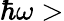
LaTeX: \hbar\omega>